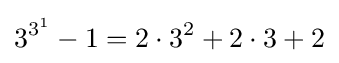
3^{3^{1}}-1=2\cdot 3^{2}+2\cdot 3+2